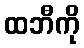
ထဘီကို